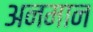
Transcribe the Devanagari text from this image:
अनमान